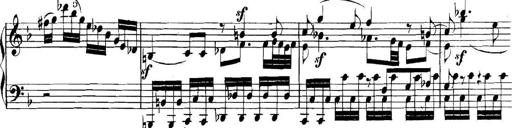
Title: Collected Piano Sonatas
Composer: Muzio Clementi